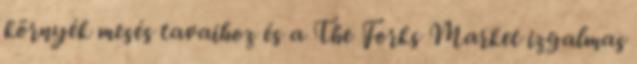
környék mesés tavaihoz és a The Forks Market izgalmas